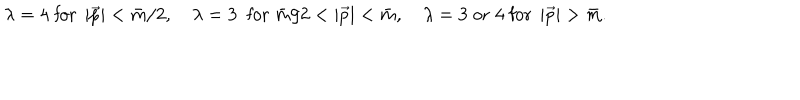
\hspace { - 0 . 9 5 i n } \lambda = 4 \; \mathrm { f o r } \; \left| \vec { p } \right| < \bar { m } / 2 , \quad \lambda = 3 \ \; \mathrm { f o r } \; \bar { m } / 2 < \left| \vec { p } \right| < \bar { m } , \quad \lambda = 3 \; \mathrm { o r } \; 4 \; \mathrm { f o r } \; \left| \vec { p } \right| > \bar { m } .